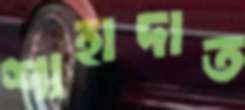
শাহাদাত